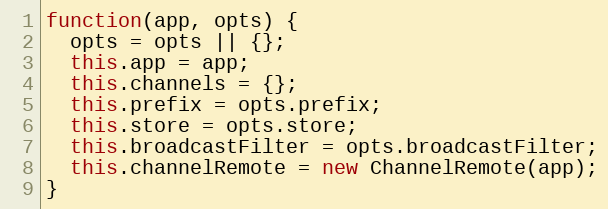
Language: JavaScript
function(app, opts) {
  opts = opts || {};
  this.app = app;
  this.channels = {};
  this.prefix = opts.prefix;
  this.store = opts.store;
  this.broadcastFilter = opts.broadcastFilter;
  this.channelRemote = new ChannelRemote(app);
}